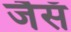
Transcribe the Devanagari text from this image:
जैसॅ